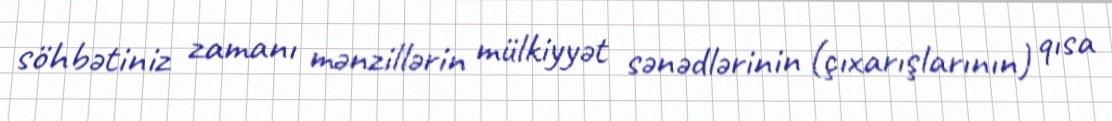
söhbətiniz zamanı mənzillərin mülkiyyət sənədlərinin (çıxarışlarının) qısa